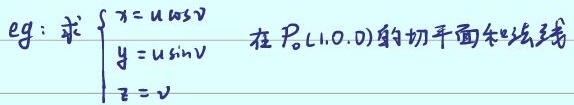
eg: 求\(\begin{cases}x = u\cos v\\y = u\sin v\\z = v\end{cases}\)在\(P_0(1,0,0)\)处的切平面和法线